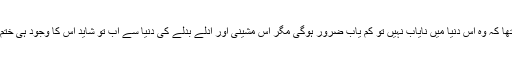
میں سمجھتا تھا کہ وہ اس دنیا میں نایاب نہیں تو کم یاب ضرور ہوگی مگر اس مشینی اور ادلے بدلے کی دنیا سے اب تو شاید اس کا وجود ہی ختم ہو چکا ہے ۔